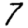
Digit: 7